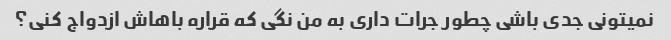
نمیتونی جدی باشی چطور جرات داری به من نگی که قراره باهاش ​​ازدواج کنی؟